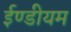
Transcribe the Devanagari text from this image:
ईण्डीयम